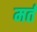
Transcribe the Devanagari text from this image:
मर्त